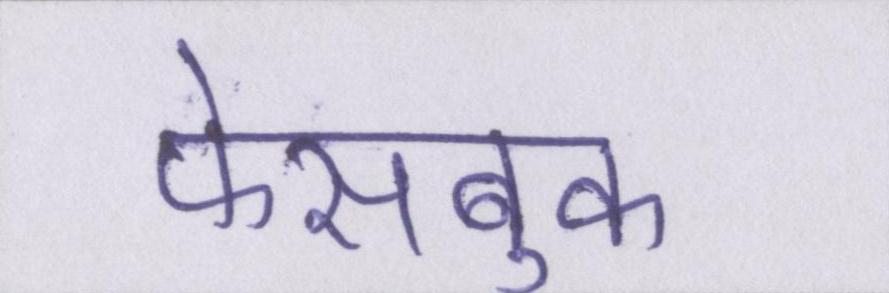
फेसबुक